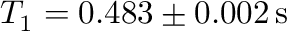
T _ { 1 } = 0 . 4 8 3 \pm 0 . 0 0 2 \mathrm { \, s }